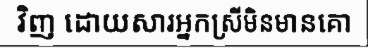
វិញ ដោយសារអ្នកស្រីមិនមានគោ